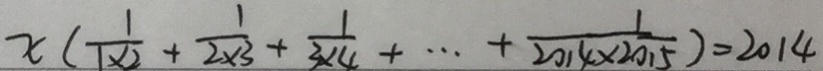
x ( \frac { 1 } { 1 \times 2 } + \frac { 1 } { 2 \times 3 } + \frac { 1 } { 3 \times 4 } + \cdots + \frac { 1 } { 2 0 1 4 \times 2 0 1 5 } ) = 2 0 1 4